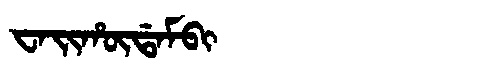
Manchu: ᠸᠠᡳᡥᡡᡩᠠᠮᠪᡳ
Romanization: WAIHŪDAMBI